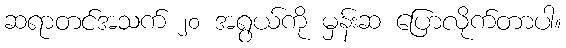
ဆရာတင်အသက် ၂၀ အရွယ်ကို မှန်းဆ ပြောလိုက်တာပါ။